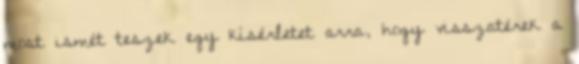
most ismét teszek egy kísérletet arra, hogy visszatérek a